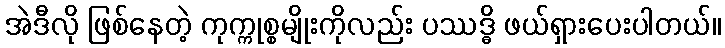
အဲဒီလို ဖြစ်နေတဲ့ ကုက္ကုစ္စမျိုးကိုလည်း ပဿဒ္ဓိ ဖယ်ရှားပေးပါတယ်။